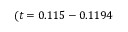
( t = 0 . 1 1 5 - 0 . 1 1 9 4